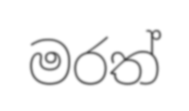
මරත්